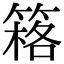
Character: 䈷